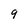
Character: 9